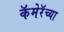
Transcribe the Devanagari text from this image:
कॅमेरॅच्या